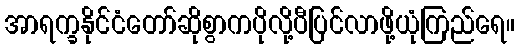
အာရက္ခနိုင်ငံတော်ဆိုစွာကပိုလို့ပီပြင်လာဖို့ယုံကြည်ရေ။